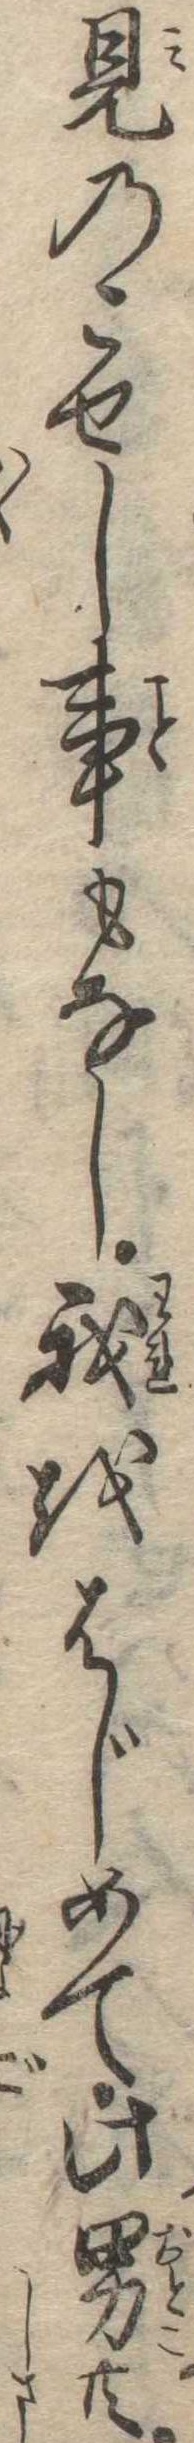
見のこせし事もなし我をはじめて此男共